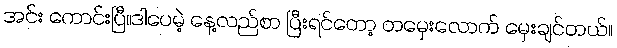
အင်း ကောင်းပြီ။ဒါပေမဲ့ နေ့လည်စာ ပြီးရင်တော့ တမှေးလောက် မှေးချင်တယ်။